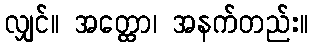
လျှင်။ အတ္ထော၊ အနက်တည်း။